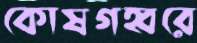
কোষগহ্বরে